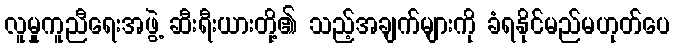
လူမှုကူညီရေးအဖွဲ့ ဆီးရီးယားတို့၏ သည့်အချက်များကို ခံရနိုင်မည်မဟုတ်ပေ